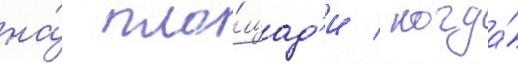
на́ пло́щад'и / когда́